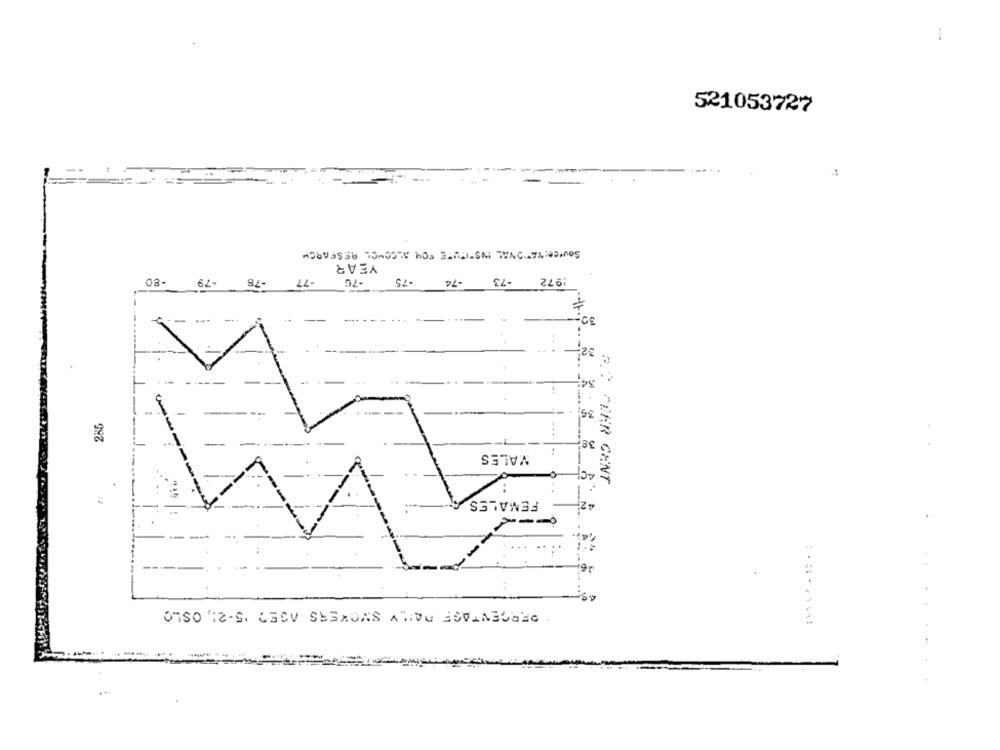
521053727
SOUFCe: NATIONAL INSTITUTE FOR ALGOUCL RESEARCH
YEAR
-75
1972
-80
-79
-78
-77
-7G
-75
-74
--
..
30-
32
.54
286
ser
VALES
1
^PER CENT
FEMALES
--
PERCENTAGE DAILY SMOKERS AGE? '5-21, OSLO
.